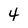
Character: 4